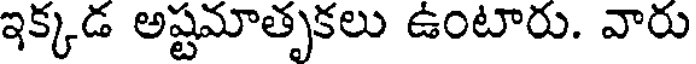
ఇక్కడ అష్టమాతృకలు ఉంటారు. వారు